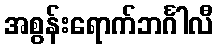
အစွန်းရောက်ဘင်္ဂါလီ